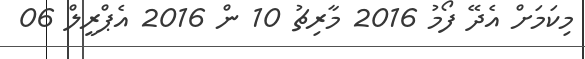
މިކަމަށް އެދޭ ފޯމު 2016 މާރިޗު 10 ން 2016 އެޕްރީލް 06